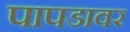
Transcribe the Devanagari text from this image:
पापडावर